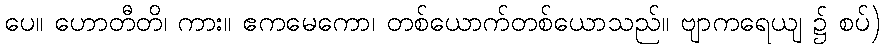
ပေ။ ဟောတီတိ၊ ကား။ ဧကမေကော၊ တစ်ယောက်တစ်ယောသည်။ ဗျာကရေယျ ၌ စပ်)